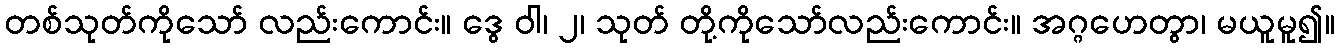
တစ်သုတ်ကိုသော် လည်းကောင်း။ ဒွေ ဝါ၊ ၂၊ သုတ် တို့ကိုသော်လည်းကောင်း။ အဂ္ဂဟေတွာ၊ မယူမူ၍။